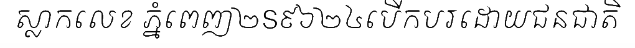
ស្លាកលេខ ភ្នំពេញ២S៩៦២៤បើកបរដោយជនជាតិ